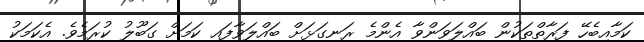
ކަމާއިބެހޭ ފަރާތްތަކުން ބައްލަވަންވާ އެންމެ ރަނގަޅަށް ބައްލަވާފައި ކަމަށް ގަބޫލު ކުރަމެވެ. އެކަމަކު